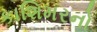
કાશિમરનો